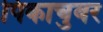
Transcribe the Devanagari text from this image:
पिकाचुवर